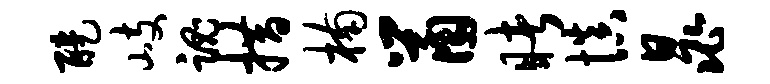
醍岐魂措楠鼠睹慎晁